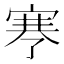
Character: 𰍉